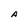
Character: A